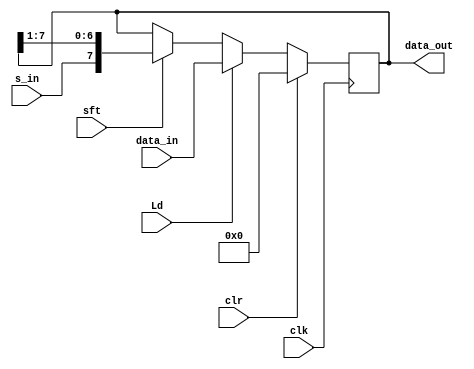
`timescale 1ns / 1ps
//////////////////////////////////////////////////////////////////////////////////
// Company: open-source
// 
// Design Name: 
// Module Name: SHIFTREG1
// Project Name: Systolic array
// Target Devices: SPARTAN-3
// Tool Versions: 2020.2
// Description: SHIFTREG1 is used for storing the 
//              partial product.
// 
// Dependencies: 
// 
// Revision:
// Revision 0.01 - File Created
// Additional Comments:
// 
//////////////////////////////////////////////////////////////////////////////////


module SHIFTREG1(
    output reg [7:0] data_out,
    input wire [7:0] data_in,
    input wire s_in, clk, Ld, clr, sft
    );

    always @(posedge clk) begin
    if(clr) data_out<= 0;
    else if(Ld) data_out<= data_in;
    else if(sft) data_out<= {s_in, data_out[7:1]};
end

endmodule //SHIFTREG1